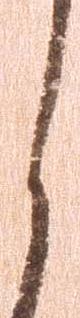
く